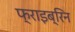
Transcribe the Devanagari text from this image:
फ्राइब्रिन